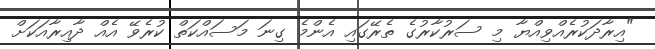
"އިރާދަކުރެއްވިއްޔާ މި ސަރުކާރުގެ ތެރޭގައި އެންމެ ގިނަ މަސައްކަތް ކުރެވޭ އެއް ދާއިރާއަކަށް